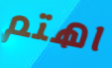
اهتم